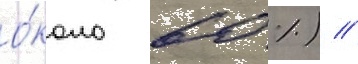
о́коло 60 %) //